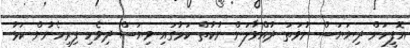
އޮފީހަށް ދިޔަޔަސް ނުވަތަ ދުއްވާލަން ނުކުތް ކަމުގައި ވިޔަސް ދިވެހި ފިރިހެނުން ކަޅު